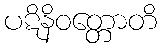
ပဋိနိဝတ္တောတိ